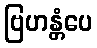
ဗြဟန္တံပေ